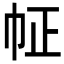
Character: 𢁿